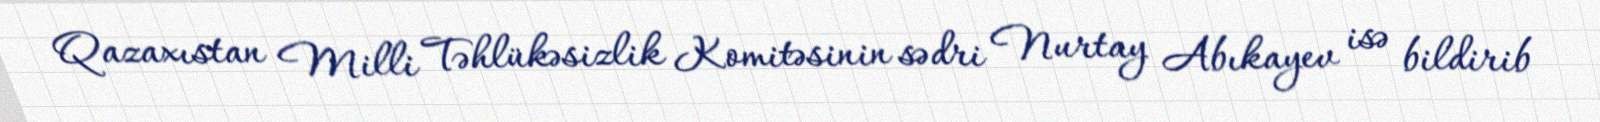
Qazaxıstan Milli Təhlükəsizlik Komitəsinin sədri Nurtay Abıkayev isə bildirib